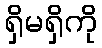
ရှိမရှိကို